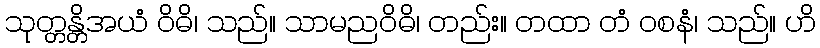
သုတ္တန္တိအယံ ဝိဓိ၊ သည်။ သာမညဝိဓိ၊ တည်း။ တထာ တံ ဝစနံ၊ သည်။ ဟိ